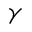
\protect \gamma